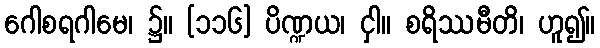
ဂေါစရဂါမေ၊ ၌။ [၁၁၆] ပိဏ္ဍယ၊ ငှါ။ စရိဿမီတိ၊ ဟူ၍။